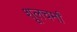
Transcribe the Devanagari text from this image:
शूलचर्मां